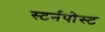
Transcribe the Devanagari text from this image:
स्टर्नपोस्ट